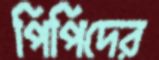
পিপিদের